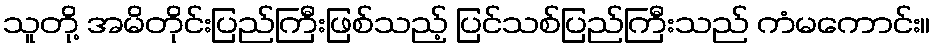
သူတို့ အမိတိုင်းပြည်ကြီးဖြစ်သည့် ပြင်သစ်ပြည်ကြီးသည် ကံမကောင်း။